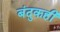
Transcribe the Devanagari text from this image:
बंदुकही